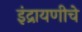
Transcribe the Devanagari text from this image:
इंद्रायणीचे